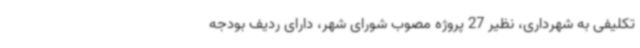
تکلیفی به شهرداری، نظیر 27 پروژه مصوب شورای شهر، دارای ردیف بودجه